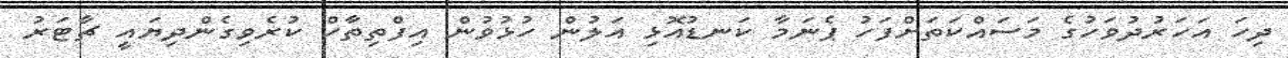
ދިހަ އަހަރުދުވަހުގެ މަސައްކަތަށްފަހު ޕެނަމާ ކަނޑުއޮޅި އަލުން ހުޅުވުން އިފްތިތާހް ކުރެވިގެންދިޔައީ ޗާޓަރު